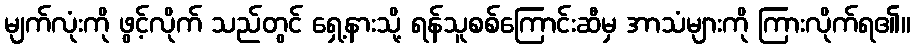
မျက်လုံးကို ဖွင့်လိုက် သည်တွင် ရှေ့နားသို့ ရန်သူစစ်ကြောင်းဆီမှ အာသံများကို ကြားလိုက်ရ၏။